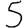
Digit: 5